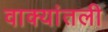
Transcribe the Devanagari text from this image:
वाक्यांतली